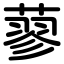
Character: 蓼